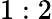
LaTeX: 1:2